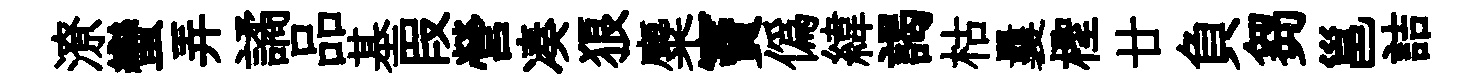
潦蠻弄譎品基叚營凑狼麋竇僞緯謁枯曩檉廿負芻邕詰